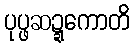
ပုပ္ဖဆဍ္ဍကောတိ